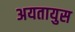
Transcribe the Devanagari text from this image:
अयतायुस